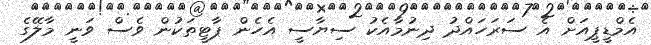
އެމްޑީޕީއަށް އެ ސަރަހައްދު ދިނުމާއެކު ސިޔާސީ އެހެން ޕާޓީތަކުން ވެސް ވަނީ މާލޭގެ